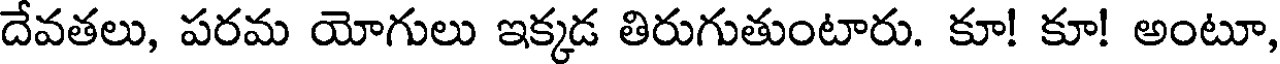
దేవతలు, పరమ యోగులు ఇక్కడ తిరుగుతుంటారు. కూ! కూ! అంటూ,